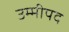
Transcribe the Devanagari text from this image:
उम्मीपद